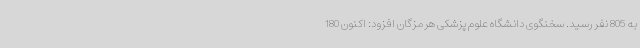
به 805 نفر رسید. سخنگوی دانشگاه علوم پزشکی هرمزگان افزود: اکنون 180